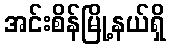
အင်းစိန်မြို့နယ်ရှိ